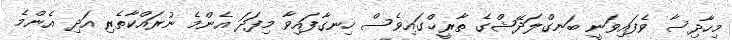
މިހާދިސާ ވެފައިވަނީ ބަނގްލަދޭޝްގެ ތާރީޚްގައިވެސް ހިނގާފައިވާ މިފަދަ އެންމެ ނުރައްކާތެރި އަދި އެންމެ